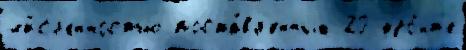
чи́сл'енностью поста́вл'енных 20 фро́нт'е